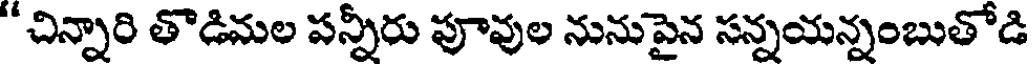
" చిన్నారి తొడిమల పన్నీరు పూవుల నునుపైన సన్నయన్నంబుతోడి